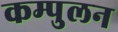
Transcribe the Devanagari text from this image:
कम्पुलन